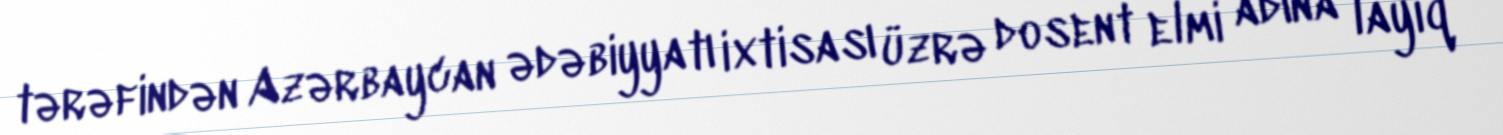
tərəfindən Azərbaycan ədəbiyyatı ixtisası üzrə dosent elmi adına layiq